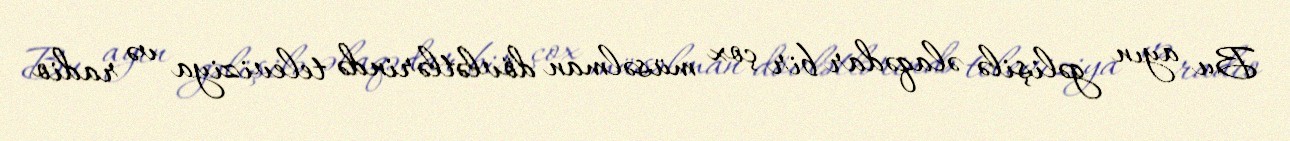
Bu ayın gəlişilə əlaqədar bir çox müsəlman dövlətlərində televiziya və radio